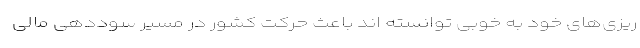
ریزی‌های خود به خوبی توانسته اند باعث حرکت کشور در مسیر سوددهی مالی